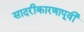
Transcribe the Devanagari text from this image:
सादरीकारणापूर्वी